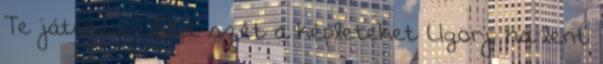
Te játékod Lődd szét a képleteket Ugorj, ha lent